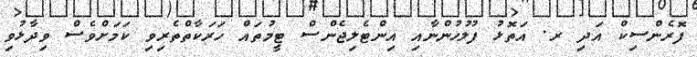
ފޮރެންސިކް އަދި ރ. އަތޮޅު ފުލުހުންނާއި އިންޓެލިޖެންސް ޓީމުތައް ހަރަކާތްތެރިވި ކަމަށްވެސް ވިދާޅުވި